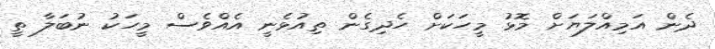
ދެން އަމިއްލަޔަށް މޮޅު މީހަކަށް ހެދިގެން ތިއުޅެނީ އެއްވެސް މީހަކު ނުބަލާ ތީ